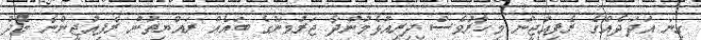
ގިނަ އަދަދެއްގެ ރެފިއުޖީން މިހާރުވެސް ދިރިއުޅެމުންދާ ޖަރުމަނުގެ ބައެއް ރައްޔިތުން ރެފިއުޖީންނާ މެދު